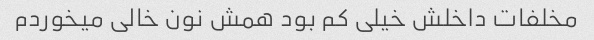
مخلفات داخلش خیلی کم بود همش نون خالی میخوردم